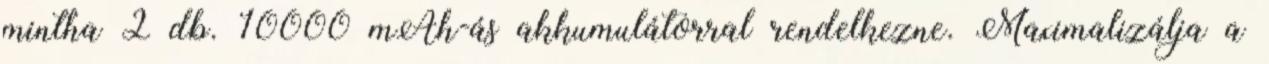
mintha 2 db. 10000 mAh-ás akkumulátorral rendelkezne. Maximalizálja a